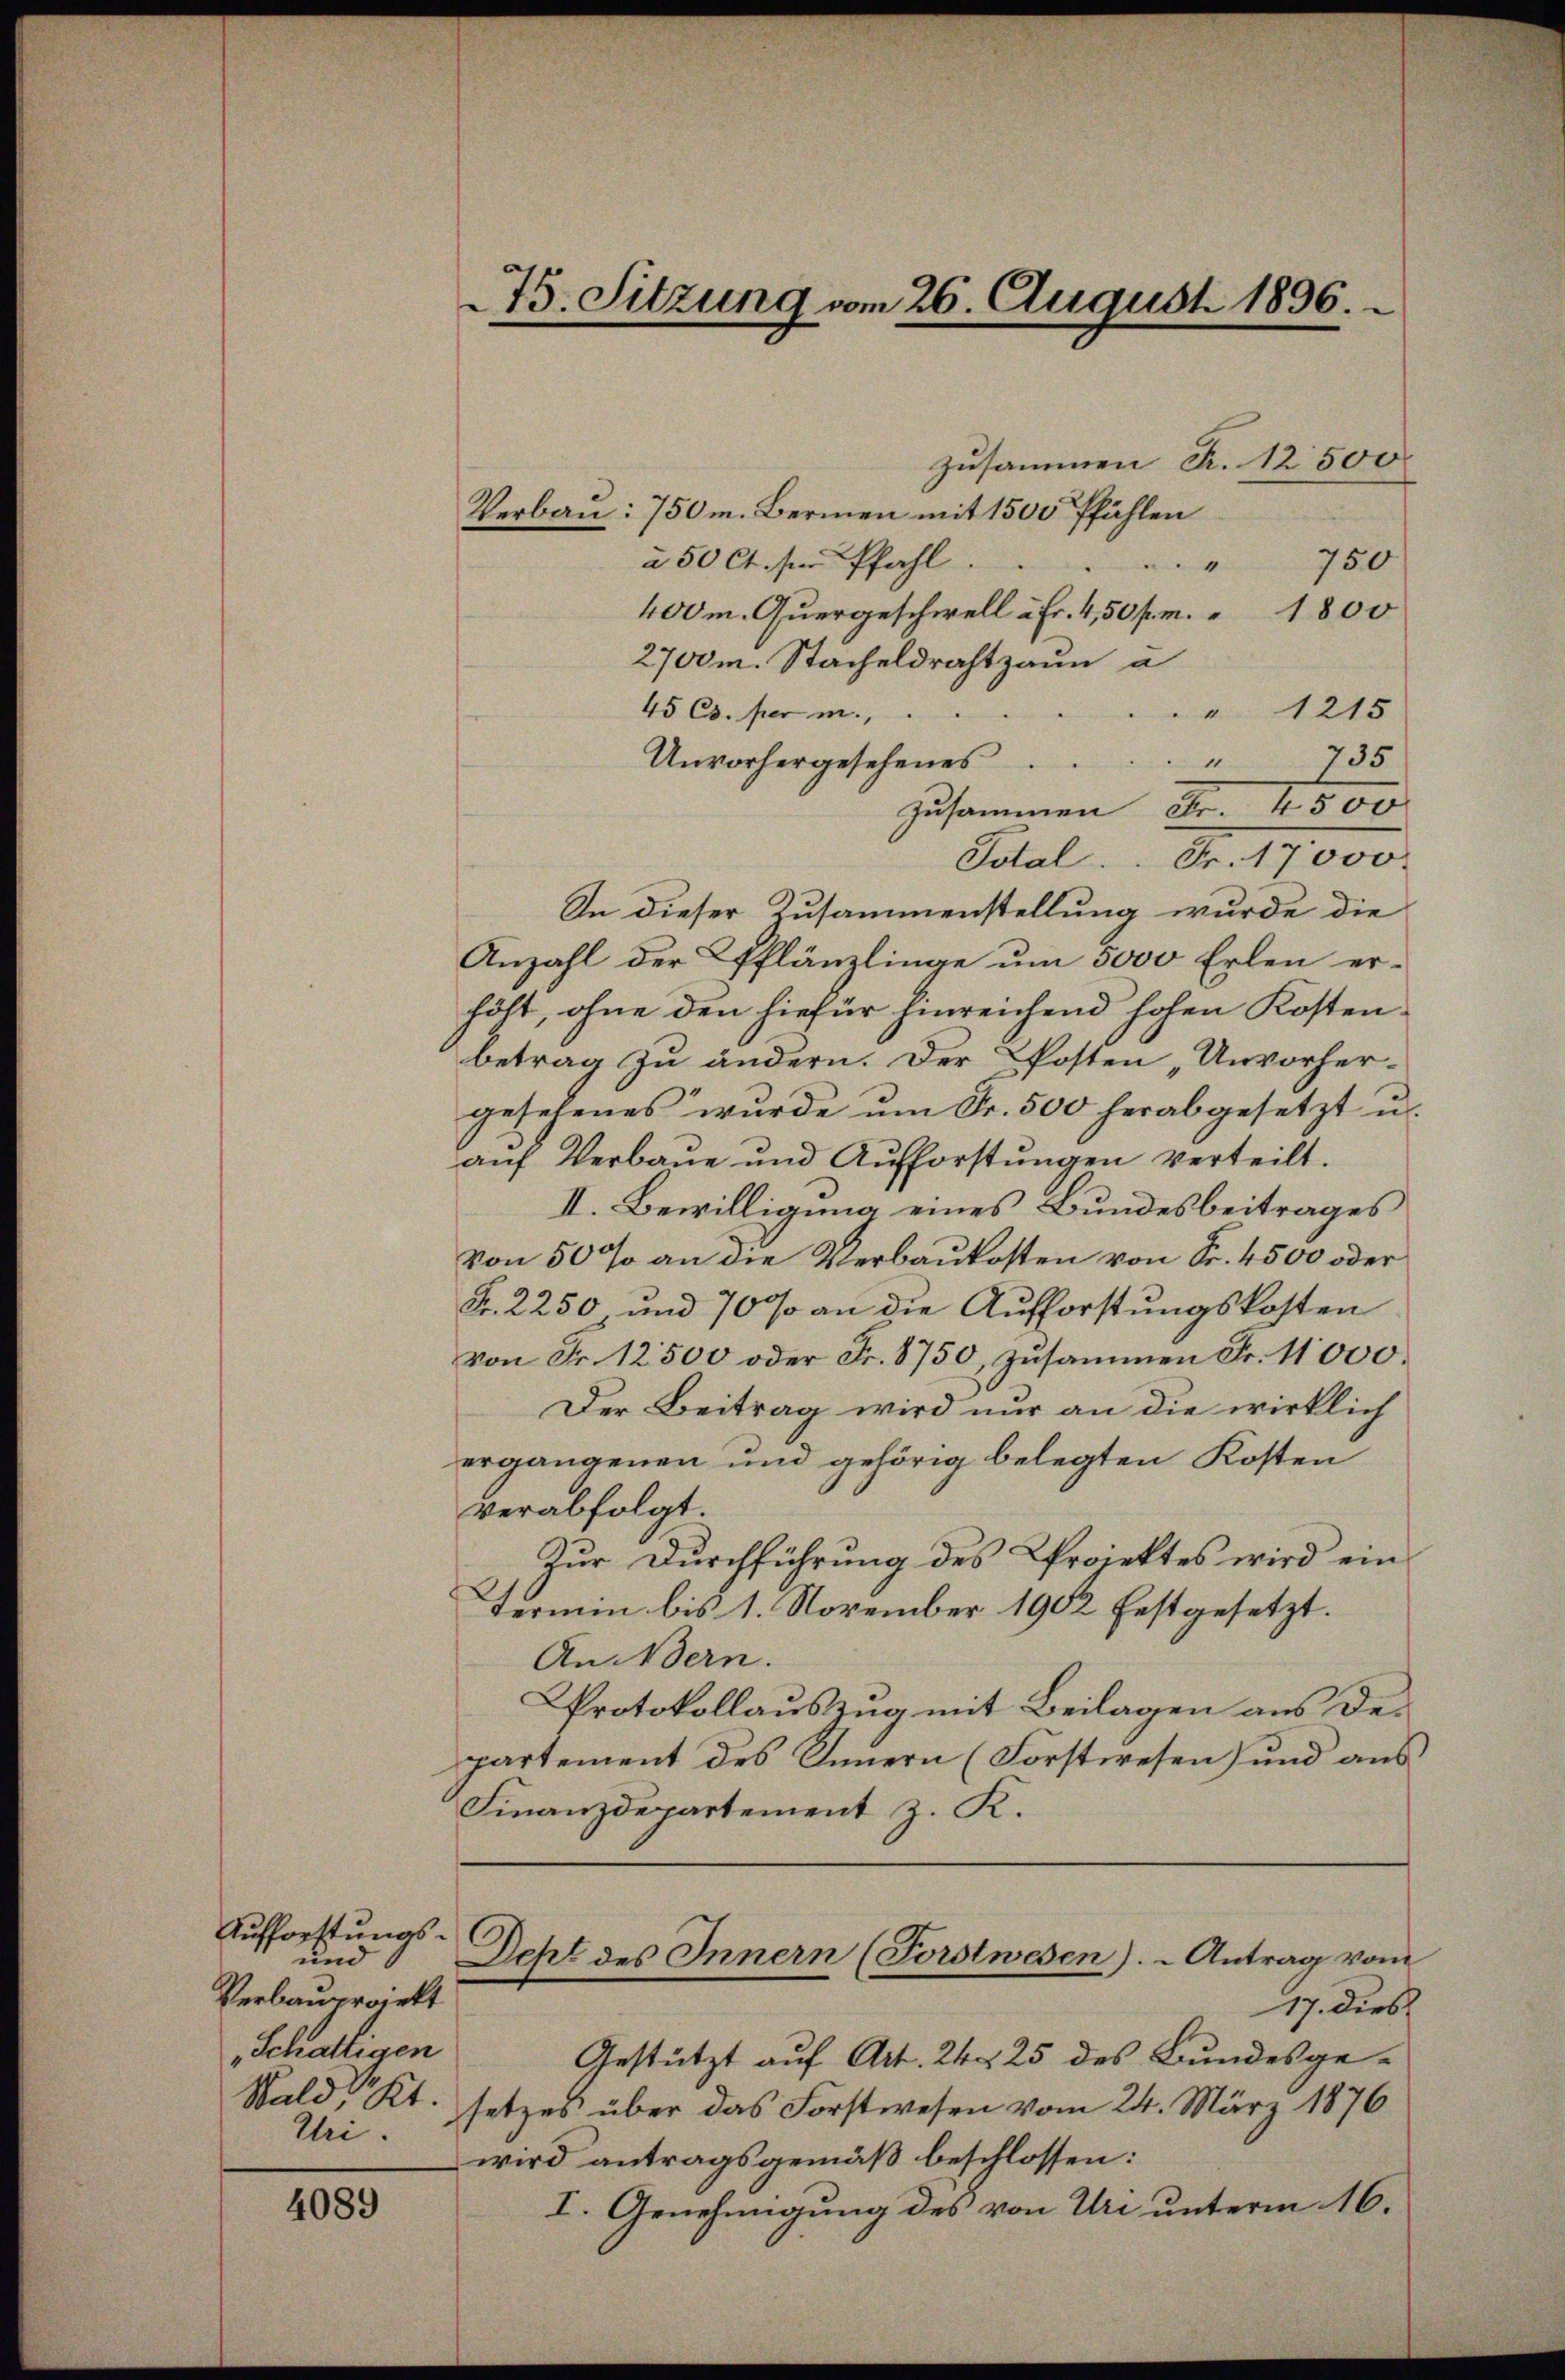
Aufforstungs-
und
Verbauprojekt
„Schäftigen
Uri.

4089

zusammen Fr. 12500
Verbau: 750 m. Bernen mit 1500 Pfählen
à 50 Ct. sie Pfahl.
750
“
400m. Quergeschwell à Fr. 4, 50 pr. 1800
2700 m. Stacheldrahtzaun a
45 Cs. per in
" 1215
" 735
Unvorhergesehenes
zusammen Fr. 1500
Total . . Fr. 17000.
In dieser Zusammenstellung wurde die
Anzahl der Pflänzlinge um 5000 Erlen erhöht, ohne den hiefür hinreichend hohen Kostenbetrag zu ändern. Der Posten „Unvorhergesehenes wurde ŭm Fr. 500 herabgesetzt u.
aŭf Verbaŭe und Aŭfforstŭngen verteilt.
II. Bewilligung eines Bundesbeitrages
von 50 % an die Verbaukosten von Fr. 4500 oder
Fr. 2250 und 70 % an die Aufforstungskosten
von Fr. 12500 oder Fr. 8750, zusammen Fr. 11000.
Der Beitrag wird nur an die wirklich
ergangenen und gehörig belegten Kosten
verabfolgt.
Zur Durchführung des Projektes wird ein
Termin bis 1. November 1902 festgesetzt.
An Bern.
Protokollauszug mit Beilagen aus Departement des Innern (Forstwesen) und aus
Finanzdepartement z. K.
Dept des Innern (Forstwesen). - Antrag vom
17. dies
Gestützt auf Art. 24. 25 des Bundesge¬
Wald, Kt. setzes über das Forstwesen vom 24. März 1876
wird antragsgemäß beschlossen:
I. Genehmigung des von Uri unterm 16.

75. Sitzung vom 26. August 1896.